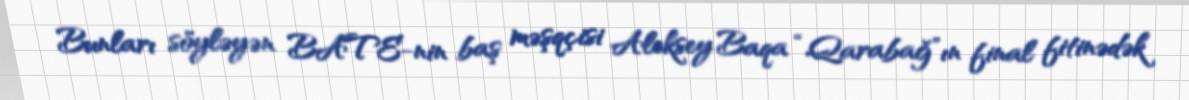
Bunları söyləyən BATE-nin baş məşqçisi Aleksey Baqa “Qarabağ”ın final fitinədək